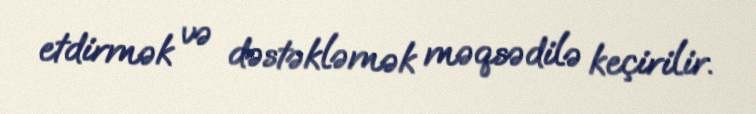
etdirmək və dəstəkləmək məqsədilə keçirilir.